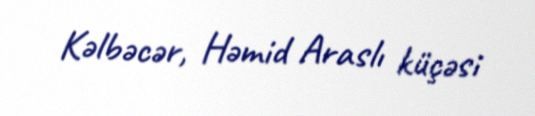
Kəlbəcər, Həmid Araslı küçəsi